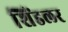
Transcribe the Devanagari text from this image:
शिंडलर